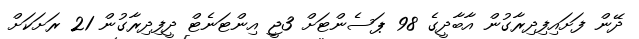
ދޭން ފަށައިފިދިރާގުން އާބާދީގެ 98 ޕަސެންޓަށް 3ޖީ އިންޓަނެޓް ދީފިދިރާގުން 21 ރަށަކަށް